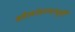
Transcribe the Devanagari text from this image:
ओलांडण्यापूर्वी